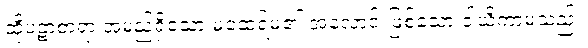
ထိုပဋာစာရာ အမည်ရှိသော မထေရ်မ၏ အလောင်းဖြစ်သော ဒါယိကာမသည်။